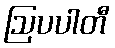
ဩပပါတီ